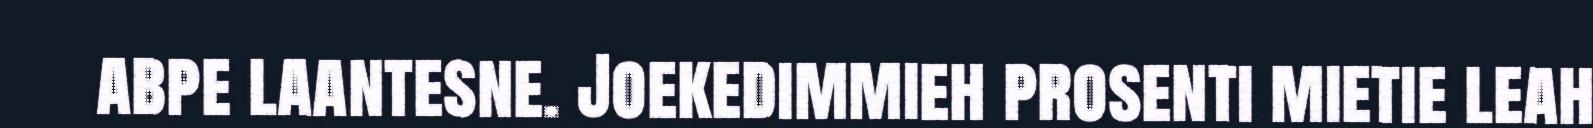
abpe laantesne. Joekedimmieh prosenti mietie leah